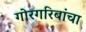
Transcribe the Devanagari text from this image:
गोरगरिबांचा